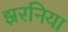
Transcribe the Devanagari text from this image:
झरनिया